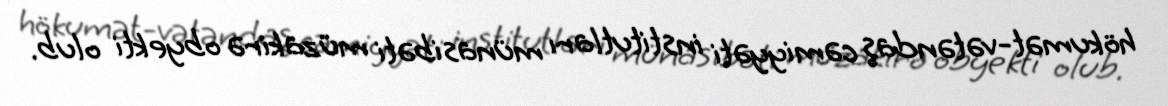
hökumət-vətəndaş cəmiyyəti institutları münasibəti müzakirə obyekti olub.